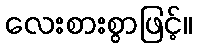
လေးစားစွာဖြင့်။